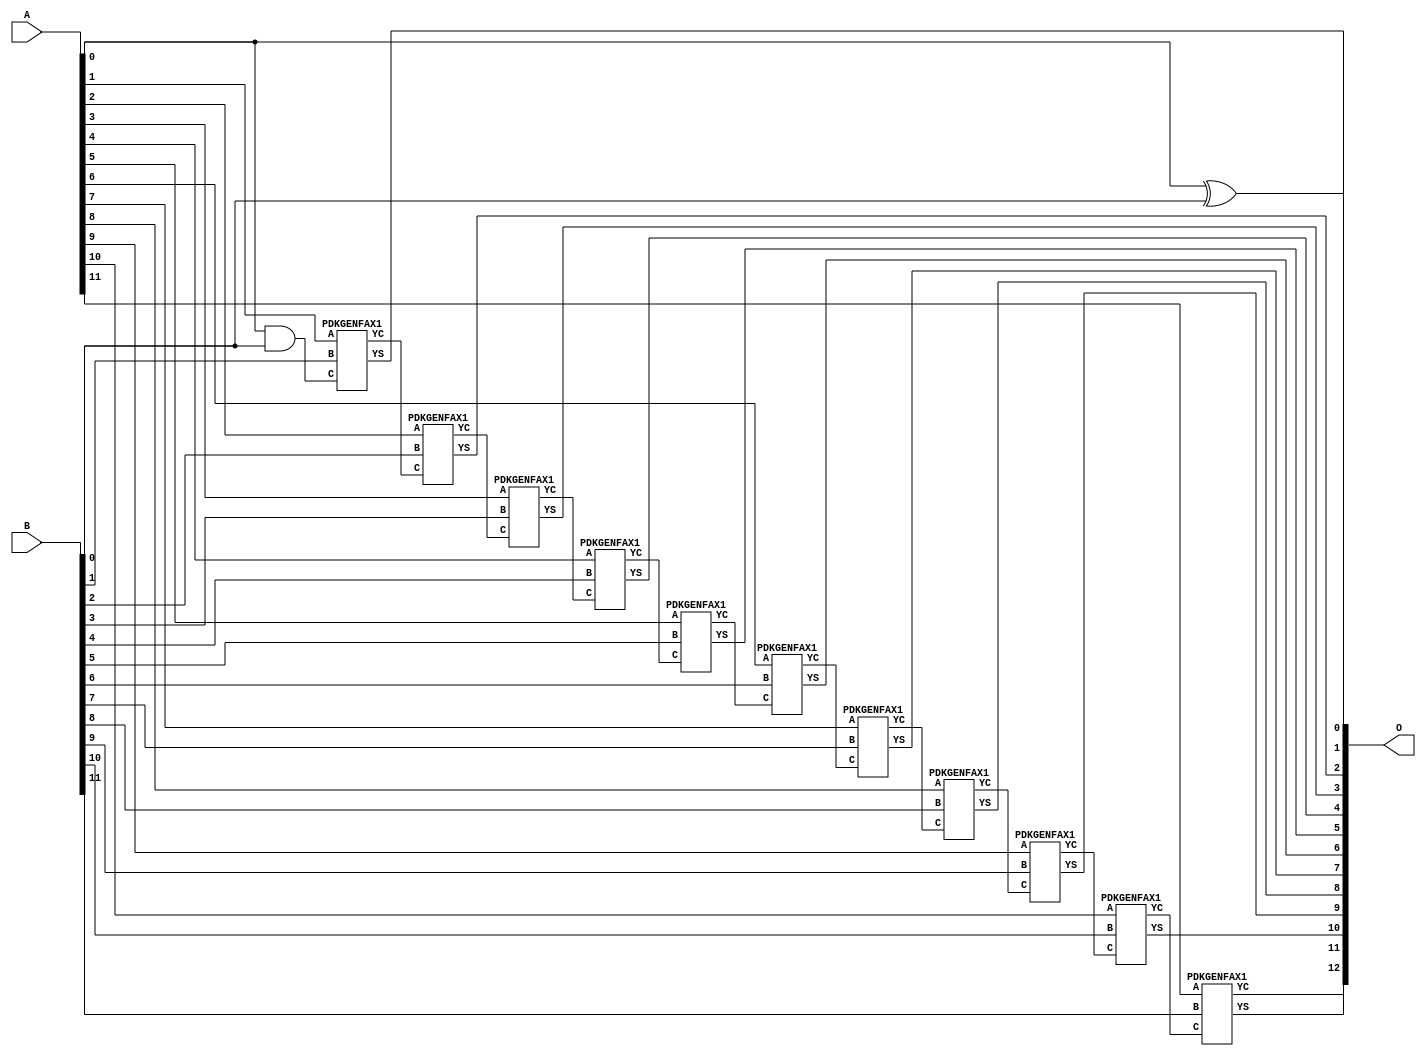
// This program was cloned from: https://github.com/ehw-fit/evoapproxlib
// License: MIT License

/***
* This code is a part of EvoApproxLib library (ehw.fit.vutbr.cz/approxlib) distributed under The MIT License.
* When used, please cite the following article(s): V. Mrazek, Z. Vasicek and R. Hrbacek, "Role of circuit representation in evolutionary design of energy-efficient approximate circuits" in IET Computers & Digital Techniques, vol. 12, no. 4, pp. 139-149, 7 2018. doi: 10.1049/iet-cdt.2017.0188 
* This file contains a circuit from a sub-set of pareto optimal circuits with respect to the pwr and mae parameters
***/
// MAE% = 0.00 %
// MAE = 0 
// WCE% = 0.00 %
// WCE = 0 
// WCRE% = 0.00 %
// EP% = 0.00 %
// MRE% = 0.00 %
// MSE = 0 
// PDK45_PWR = 0.052 mW
// PDK45_AREA = 106.1 um2
// PDK45_DELAY = 0.96 ns

module add12u_19A(A, B, O);
  input [11:0] A, B;
  output [12:0] O;
  wire n_415, n_414, n_36, n_349, n_42, n_37, n_314, n_315, n_23, n_22;
  wire n_21, n_20, n_27, n_26, n_25, n_24, n_248, n_29, n_28, n_48;
  wire n_249, n_81, n_80, n_149, n_148, n_67, n_66, n_214, n_129, n_128;
  wire n_39, n_38, n_102, n_380, n_381, n_181, n_180, n_8, n_9, n_115;
  wire n_4, n_5, n_6, n_7, n_0, n_1, n_2, n_3, n_30, n_31;
  wire n_32, n_33, n_34, n_35, n_18, n_19, n_16, n_17, n_14, n_15;
  wire n_12, n_13, n_10, n_11, n_114, n_45, n_58, n_59, n_44, n_43;
  wire n_47, n_348, n_280, n_215, n_46, n_281, n_41, n_40;
  assign n_0 = A[0];
  assign n_1 = A[0];
  assign n_2 = A[1];
  assign n_3 = A[1];
  assign n_4 = A[2];
  assign n_5 = A[2];
  assign n_6 = A[3];
  assign n_7 = A[3];
  assign n_8 = A[4];
  assign n_9 = A[4];
  assign n_10 = A[5];
  assign n_11 = A[5];
  assign n_12 = A[6];
  assign n_13 = A[6];
  assign n_14 = A[7];
  assign n_15 = A[7];
  assign n_16 = A[8];
  assign n_17 = A[8];
  assign n_18 = A[9];
  assign n_19 = A[9];
  assign n_20 = A[10];
  assign n_21 = A[10];
  assign n_22 = A[11];
  assign n_23 = A[11];
  assign n_24 = B[0];
  assign n_25 = B[0];
  assign n_26 = B[1];
  assign n_27 = B[1];
  assign n_28 = B[2];
  assign n_29 = B[2];
  assign n_30 = B[3];
  assign n_31 = B[3];
  assign n_32 = B[4];
  assign n_33 = B[4];
  assign n_34 = B[5];
  assign n_35 = B[5];
  assign n_36 = B[6];
  assign n_37 = B[6];
  assign n_38 = B[7];
  assign n_39 = B[7];
  assign n_40 = B[8];
  assign n_41 = B[8];
  assign n_42 = B[9];
  assign n_43 = B[9];
  assign n_44 = B[10];
  assign n_45 = B[10];
  assign n_46 = B[11];
  assign n_47 = B[11];
  assign n_48 = n_0 ^ n_24;
  assign n_58 = n_0 & n_24;
  assign n_59 = n_58;
  assign n_66 = n_59;
  assign n_67 = n_66;
  PDKGENFAX1 tmp64(.YS(n_80), .YC(n_81), .A(n_2), .B(n_26), .C(n_67));
  assign n_102 = n_81;
  PDKGENFAX1 tmp66(.YS(n_114), .YC(n_115), .A(n_4), .B(n_28), .C(n_102));
  assign n_128 = n_115;
  assign n_129 = n_128;
  PDKGENFAX1 tmp69(.YS(n_148), .YC(n_149), .A(n_6), .B(n_30), .C(n_129));
  PDKGENFAX1 tmp70(.YS(n_180), .YC(n_181), .A(n_8), .B(n_32), .C(n_149));
  PDKGENFAX1 tmp71(.YS(n_214), .YC(n_215), .A(n_10), .B(n_34), .C(n_181));
  PDKGENFAX1 tmp72(.YS(n_248), .YC(n_249), .A(n_12), .B(n_36), .C(n_215));
  PDKGENFAX1 tmp73(.YS(n_280), .YC(n_281), .A(n_14), .B(n_38), .C(n_249));
  PDKGENFAX1 tmp74(.YS(n_314), .YC(n_315), .A(n_16), .B(n_40), .C(n_281));
  PDKGENFAX1 tmp75(.YS(n_348), .YC(n_349), .A(n_18), .B(n_42), .C(n_315));
  PDKGENFAX1 tmp76(.YS(n_380), .YC(n_381), .A(n_20), .B(n_44), .C(n_349));
  PDKGENFAX1 tmp77(.YS(n_414), .YC(n_415), .A(n_22), .B(n_46), .C(n_381));
  assign O[0] = n_48;
  assign O[1] = n_80;
  assign O[2] = n_114;
  assign O[3] = n_148;
  assign O[4] = n_180;
  assign O[5] = n_214;
  assign O[6] = n_248;
  assign O[7] = n_280;
  assign O[8] = n_314;
  assign O[9] = n_348;
  assign O[10] = n_380;
  assign O[11] = n_414;
  assign O[12] = n_415;
endmodule

/* mod */
module PDKGENFAX1( input A, input B, input C, output YS, output YC );
    assign YS = (A ^ B) ^ C;
    assign YC = (A & B) | (B & C) | (A & C);
endmodule